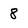
Character: 8